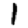
Digit: 1